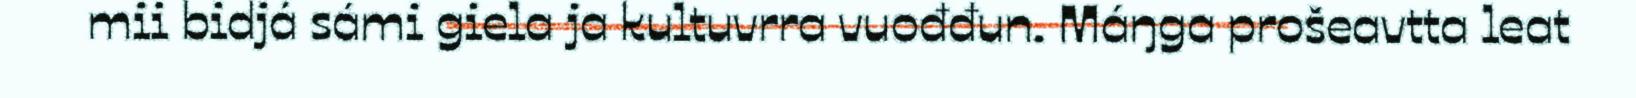
mii bidjá sámi giela ja kultuvrra vuođđun. Máŋga prošeavtta leat